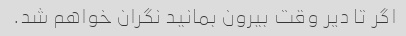
اگر تا دیر وقت بیرون بمانید نگران خواهم شد.